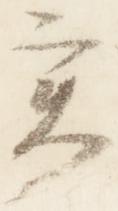
実